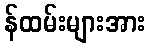
န်ထမ်းများအား